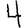
Digit: 4